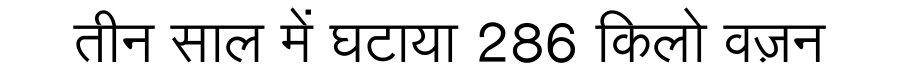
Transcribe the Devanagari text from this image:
तीन साल में घटाया 286 किलो वज़न